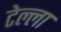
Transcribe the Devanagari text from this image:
टेल्ला